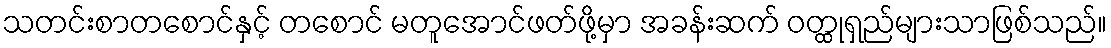
သတင်းစာတစောင်နှင့် တစောင် မတူအောင်ဖတ်ဖို့မှာ အခန်းဆက် ဝတ္ထုရှည်များသာဖြစ်သည်။